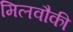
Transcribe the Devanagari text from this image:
मिलवौकी